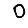
Digit: 0